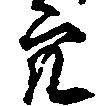
穴